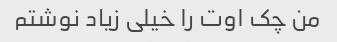
من چک اوت را خیلی زیاد نوشتم